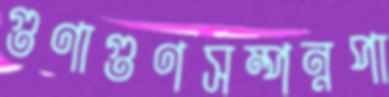
গুণাগুণসম্পন্নপা